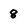
Character: 8